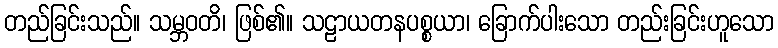
တည်ခြင်းသည်။ သမ္ဘဝတိ၊ ဖြစ်၏။ သဠာယတနပစ္စယာ၊ ခြောက်ပါးသော တည်းခြင်းဟူသော